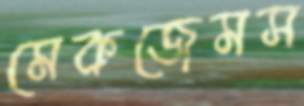
মেকজেমস